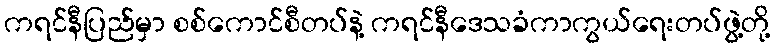
ကရင်နီပြည်မှာ စစ်ကောင်စီတပ်နဲ့ ကရင်နီဒေသခံကာကွယ်ရေးတပ်ဖွဲ့တို့